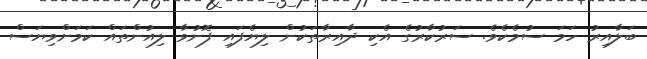
ބަލާއިރު ހަމަ ސުމެކެވެ. ސަރުކާރުގެ އެކި ދާއިރާތަކުން ލިޔެފައި ފޮނުވާ ލިއުންތައް ކަމަށްވިޔަސް